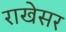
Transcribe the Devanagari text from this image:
राखेसर